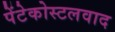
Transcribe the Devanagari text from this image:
पेंटेकोस्टलवाद